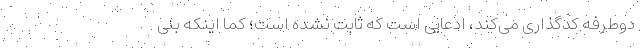
دوطرفه کدگذاری می‌کند، ادعایی است که ثابت نشده است؛ کما اینکه بنی